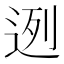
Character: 迾